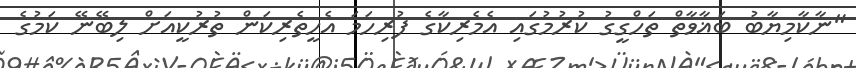
"ނާކާމިޔާބު ބަޣާވާތް ތަހްގީގު ކުރުމުގައި އެމެރިކާގެ ފުރިހަމަ އެހީތެރިކަން ތުރުކީއަށް ލިބޭނޭ ކަމުގެ